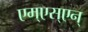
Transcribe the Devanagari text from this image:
एम्‌एस्‌एन्‌